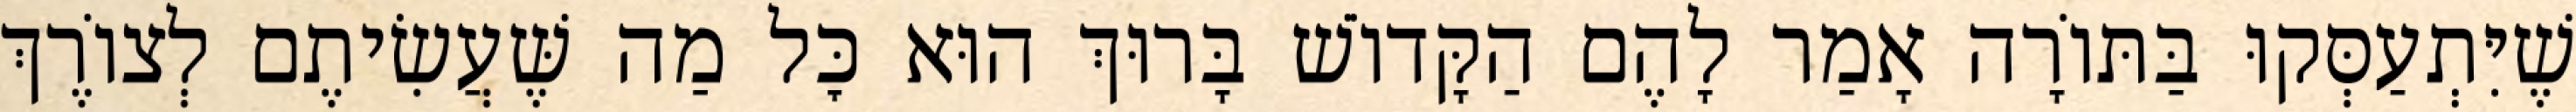
שֶׁיִּתְעַסְּקוּ בַּתּוֹרָה אָמַר לָהֶם הַקָּדוֹשׁ בָּרוּךְ הוּא כׇּל מַה שֶּׁעֲשִׂיתֶם לְצוֹרֶךְ